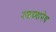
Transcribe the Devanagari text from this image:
नन्नय्यानेच